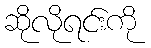
ဆိုလိုရင်းကို